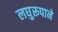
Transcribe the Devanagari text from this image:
लघुरूपाने